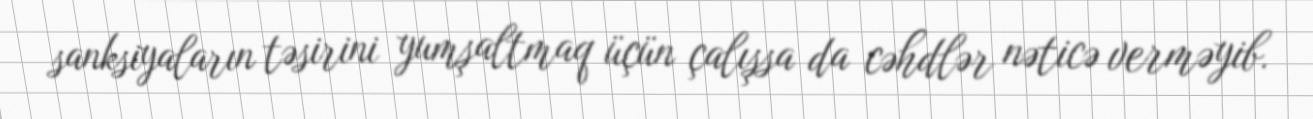
sanksiyaların təsirini yumşaltmaq üçün çalışsa da cəhdlər nəticə verməyib.